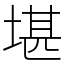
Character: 堪